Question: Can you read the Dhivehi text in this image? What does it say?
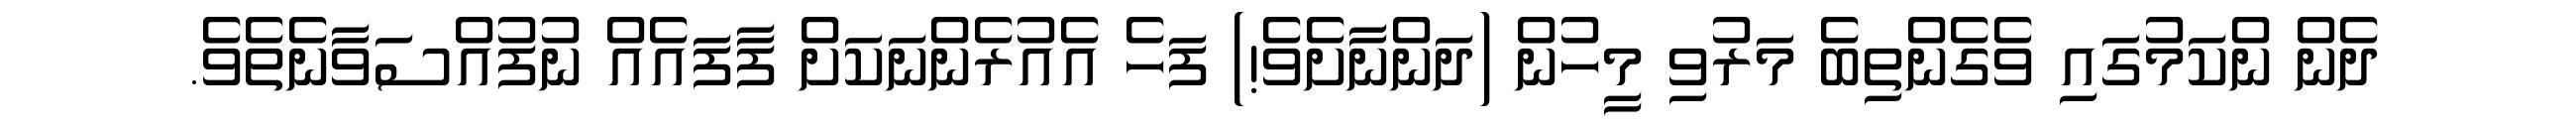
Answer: ދެން ންކަމުގައި ވެގެންތިބެ މަރުވި މީހުން (ދަންނާށެވެ!) ފަހެ އެއުރެންނަކަށް ފާފައެއް ނުފުއްސަވާނެތެވެ.